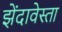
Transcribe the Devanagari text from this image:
झेंदावेस्ता